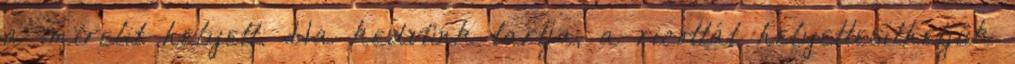
a mirelit helyett. Ha kedvünk tartja, a ricottát helyettesíthetjük